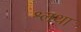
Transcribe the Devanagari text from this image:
श्लथा